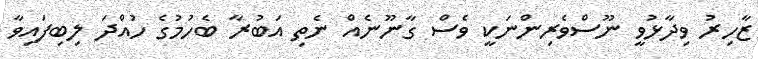
ޒާހިރު ވިދާޅުވީ ނޫސްވެރިންނަކީ ވެސް ގާނޫނެއް ނެތި އަބުރާ ބެހުމުގެ ހުއްދަ ލިބިފައިވާ